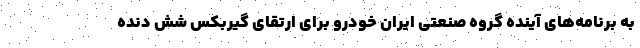
به برنامه‌های آینده گروه صنعتی ایران خودرو برای ارتقای گیربکس شش دنده